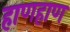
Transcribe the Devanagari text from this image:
हाणहाण